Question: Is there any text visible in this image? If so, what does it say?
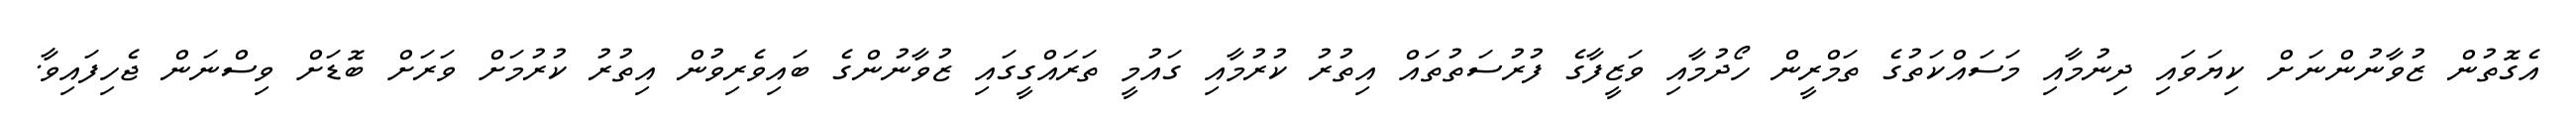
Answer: އެގޮތުން ޒުވާނުންނަށް ކިޔަވައި ދިނުމާއި މަސައްކަތުގެ ތަމްރީން ހޯދުމާއި ވަޒީފާގެ ފުރުސަތުތައް އިތުރު ކުރުމާއި ގައުމީ ތަރައްގީގައި ޒުވާނުންގެ ބައިވެރިވުން އިތުރު ކުރުމަށް ވަރަށް ބޮޑަށް ވިސްނަން ޖެހިފައިވާ.